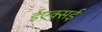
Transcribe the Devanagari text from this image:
ईएक्सई